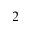
^ 2